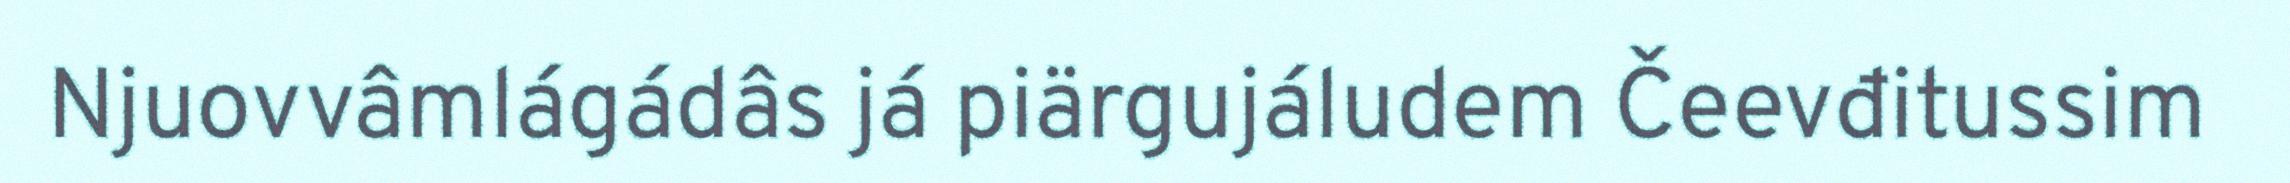
Njuovvâmlágádâs já piärgujáludem Čeevđitussim